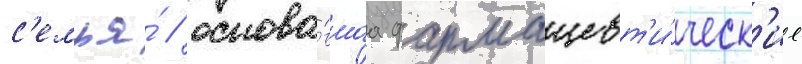
с'емья́ / основа́вшаа фармацевт'и́ческ'ие